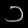
Digit: ၁